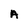
Character: A